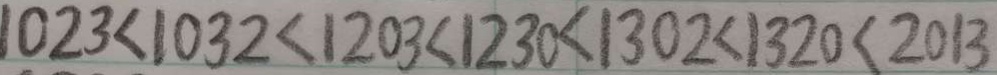
1 0 2 3 < 1 0 3 2 < 1 2 0 3 < 1 2 3 0 < 1 3 0 2 < 1 3 2 0 < 2 0 1 3